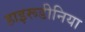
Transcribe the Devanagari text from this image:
हाइरूडीनिया